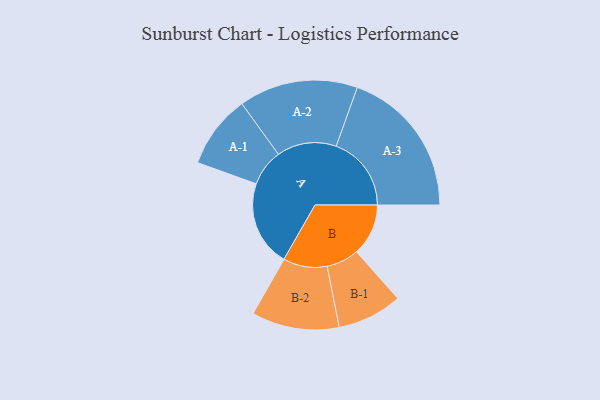
{"axis": {"x": "Segment", "y": "Value"}, "legend": ["", "A", "B"], "data": [{"x": "A", "y": 301, "type": ""}, {"x": "B", "y": 182, "type": ""}, {"x": "A-1", "y": 129, "type": "A"}, {"x": "A-2", "y": 209, "type": "A"}, {"x": "A-3", "y": 264, "type": "A"}, {"x": "B-1", "y": 114, "type": "B"}, {"x": "B-2", "y": 154, "type": "B"}]}